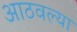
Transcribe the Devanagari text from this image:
आठवल्या